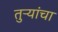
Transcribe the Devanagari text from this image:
तुऱ्यांचा